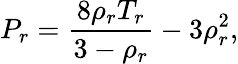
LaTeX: P_{r}=\frac{8\rho_{r}T_{r}}{3-\rho_{r}}-3\rho_{r}^{2},